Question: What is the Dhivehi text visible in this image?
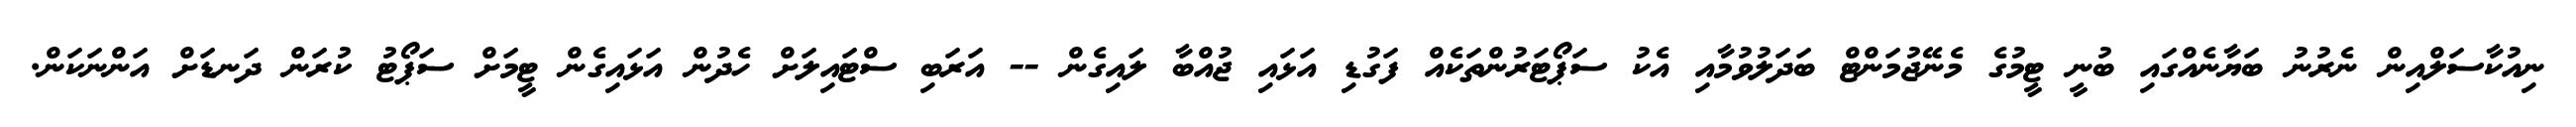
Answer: ނިއުކާސަލްއިން ނެރުނު ބަޔާނެއްގައި ބުނީ ޓީމުގެ މެނޭޖުމަންޓް ބަދަލުވުމާއި އެކު ސަޕޯޓަރުންތަކެއް ފަގުޑި އަޅައި ޖުއްބާ ލައިގެން -- އަރަބި ސްޓައިލަށް ހެދުން އަޅައިގެން ޓީމަށް ސަޕޯޓު ކުރަން ދަނޑަށް އަންނަކަން.